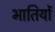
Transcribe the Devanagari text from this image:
भातियों